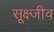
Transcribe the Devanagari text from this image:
सूक्ष्जीव